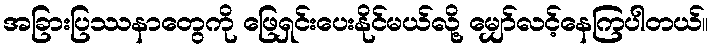
အခြားပြဿနာတွေကို ဖြေရှင်းပေးနိုင်မယ်လို့ မျှော်လင့်နေကြပါတယ်။